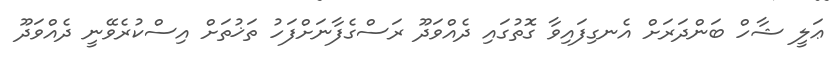
ޢަލީ ޝާހް ބަންދަރަށް އެނގިފައިވާ ގޮތުގައި ދެއްވަދޫ ރަސްގެފާނަށްފަހު ތަޚުތަށް އިސްކުރެވޭނީ ދެއްވަދޫ